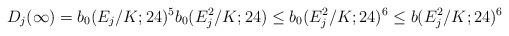
\begin{align*}D_j(\infty)=b_0(E_j/K;24)^5b_0(E_j^2/K;24) \leq b_0(E_j^2/K;24)^6 \leq b(E_j^2/K;24)^6\end{align*}